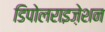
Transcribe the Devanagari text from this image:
डिपोलराइज़ेशन